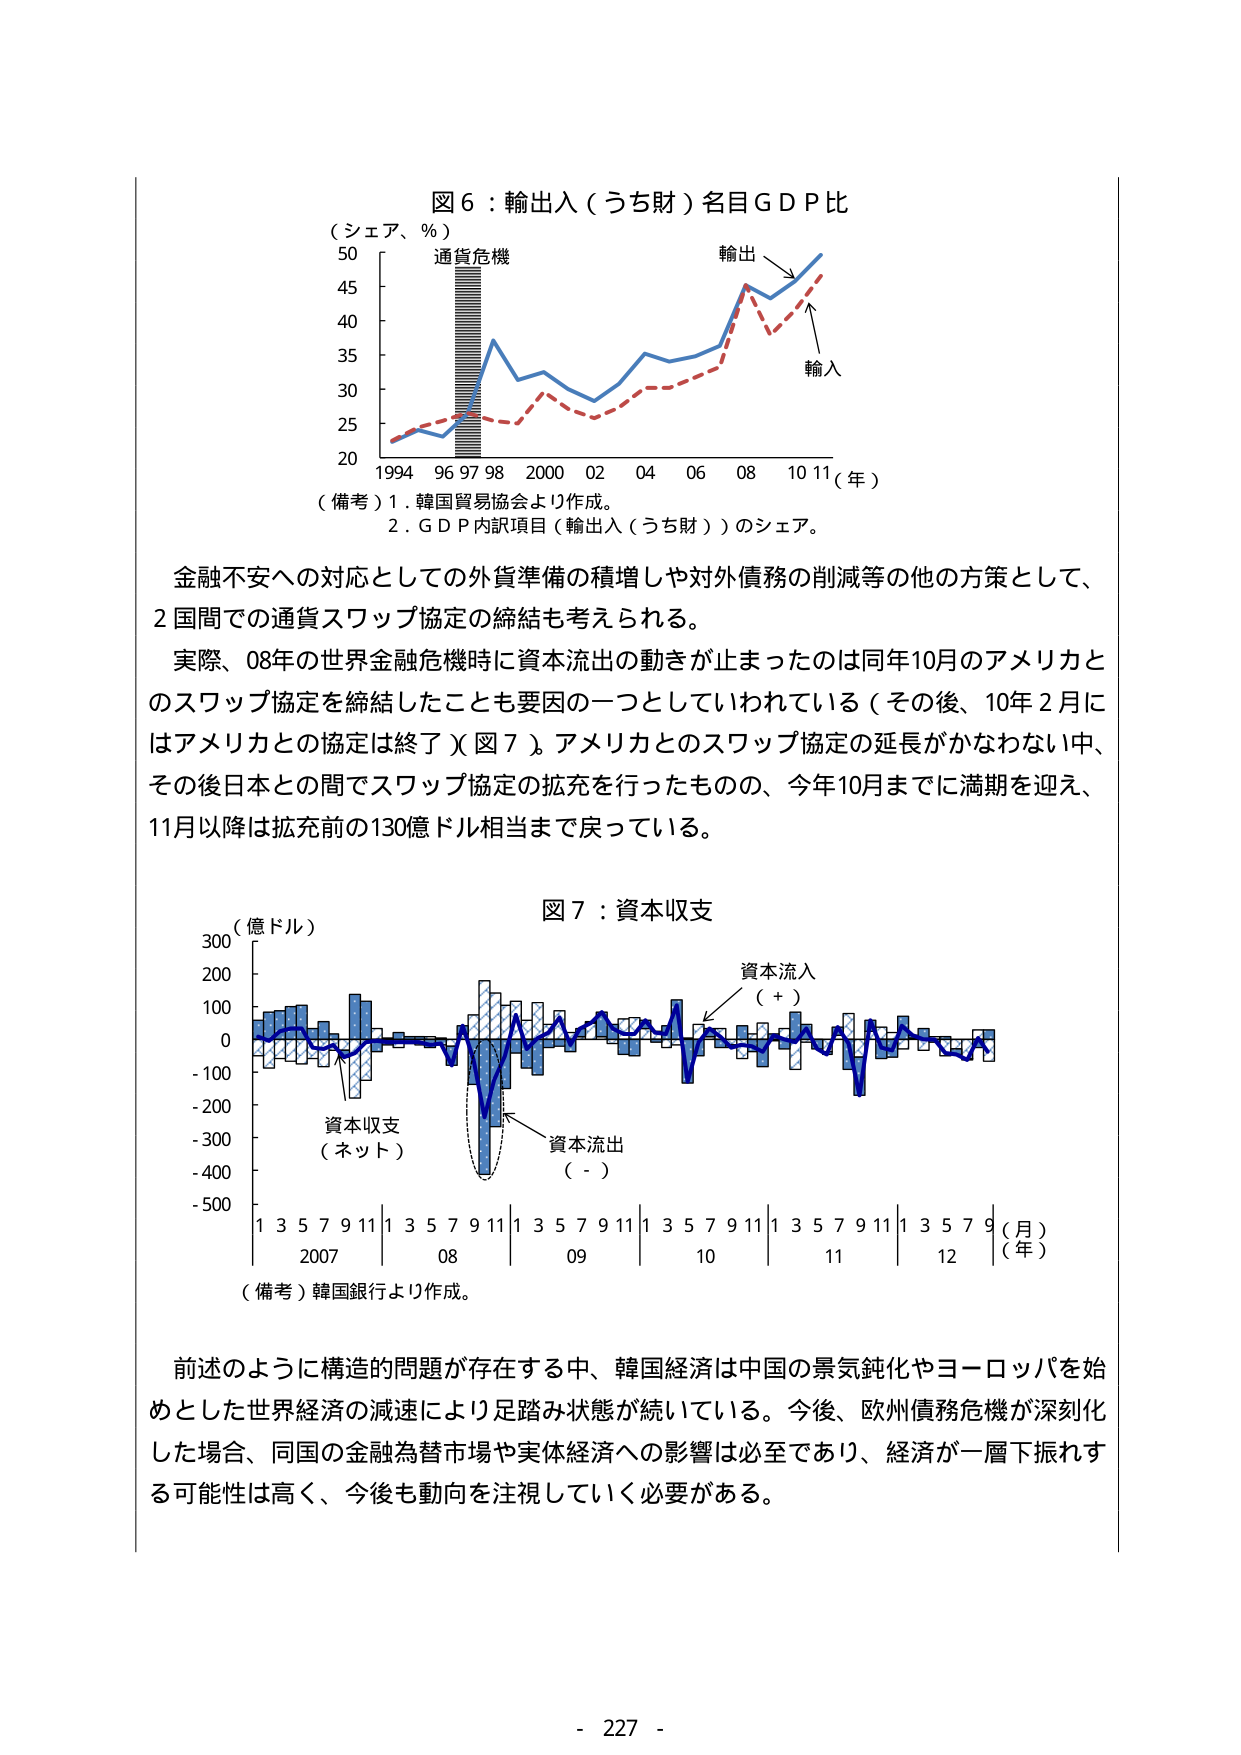
図６：輸出入（うち財）名目ＧＤＰ比
（シェア、％）
50
45
40
35
30
25
20
1994 96 97 98 2000 02 04 06 08 10 11（年）
（備考）1．韓国貿易協会より作成。
2．ＧＤＰ内訳項目（輸出入（うち財））のシェア。
通貨危機
輸出
輸入

金融不安への対応としての外貨準備の積増しや対外債務の削減等の他の方策として、
2国間での通貨スワップ協定の締結も考えられる。
実際、08年の世界金融危機時に資本流出の動きが止まったのは同年10月のアメリカと
のスワップ協定を締結したことも要因の一つとしていわれている（その後、10年2月に
はアメリカとの協定は終了）（図７）。アメリカとのスワップ協定の延長がかなわない中、
その後日本との間でスワップ協定の拡充を行ったものの、今年10月までに満期を迎え、
11月以降は拡充前の130億ドル相当まで戻っている。

図７：資本収支
（億ドル）
300
200
100
0
-100
-200
-300
-400
-500
1 3 5 7 9 11 1 3 5 7 9 11 1 3 5 7 9 11 1 3 5 7 9 11 1 3 5 7 9（月）
2007 08 09 10 11 12（年）
（備考）韓国銀行より作成。
資本流入
（＋）
資本収支
（ネット）
資本流出
（－）

前述のように構造的問題が存在する中、韓国経済は中国の景気鈍化やヨーロッパを始
めとした世界経済の減速により足踏み状態が続いている。今後、欧州債務危機が深刻化
した場合、同国の金融為替市場や実体経済への影響は必至であり、経済が一層下振れす
る可能性は高く、今後も動向を注視していく必要がある。

- 227 -